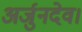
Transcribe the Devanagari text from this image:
अर्जुनदेव।